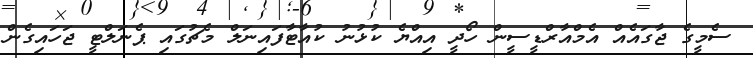
ސެމީގެ ޖާގައެއް އެމްއާރްޑީސީން ހޯދީ އިއްޔެ ކުޅުނު ކުއާޓާފައިނަލް މެޗުގައި ޕެނަލްޓީ ޖަހައިގެން